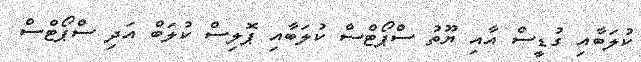
ކުލަބާއި ގުޑީސް އާއި ޔޫތު ސްޕޯޓްސް ކުލަބާއި ޕޮލިސް ކުލަބް އަދި ސްޕޯޓްސް